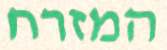
המזרח